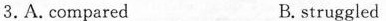
3.A,compared B,struggled